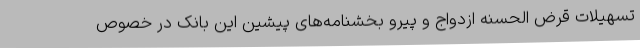
تسهیلات قرض الحسنه ازدواج و پیرو بخشنامه‌های پیشین این بانک در خصوص